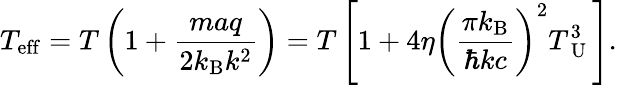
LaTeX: T_{\mathrm{eff}}=T\left(1+\frac{maq}{2k_{\mathrm{B}}k^{2}}\right)=T\left[1+4\eta\left(\frac{\pi k_{\mathrm{B}}}{\hbar kc}\right)^{2}T_{\mathrm{~U~}}^{3}\right].